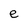
Character: e